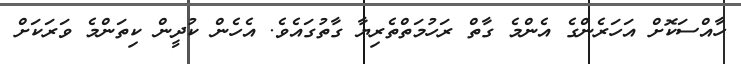
ހާއްސަކޮށް އަހަރެންގެ އެންމެ ގާތް ރަހުމަތްތެރިޔާ ގާތުގައެވެ. އެހެން ކުދީން ކިތަންމެ ވަރަކަށް